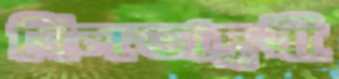
বিলভাদুরী